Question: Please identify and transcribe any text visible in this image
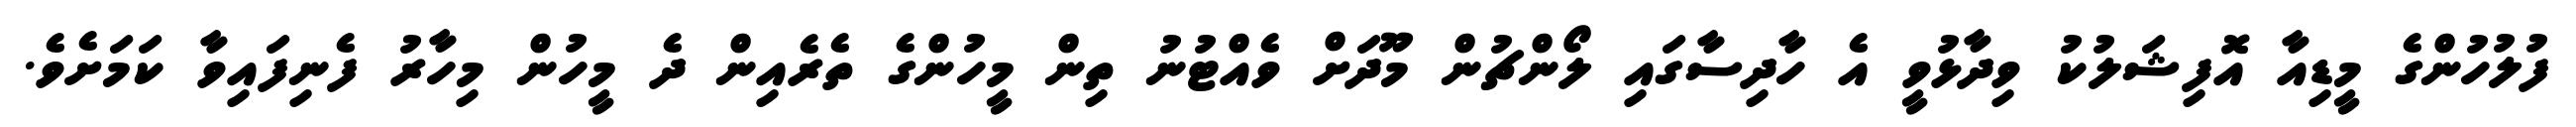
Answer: ފުލުހުންގެ މީޑިއާ އޮފިޝަލުކު ވިދާޅުވީ އެ ހާދިސާގައި ލޯންޗުން މޫދަށް ވެއްޓުނު ތިން މީހުންގެ ތެރެއިން ދެ މީހުން މިހާރު ފެނިފައިވާ ކަމަށެވެ.